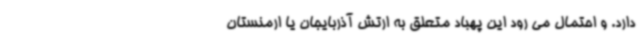
دارد. و احتمال می رود این پهباد متعلق به ارتش آذربایجان یا ارمنستان